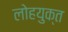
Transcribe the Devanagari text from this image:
लोहयुक्त